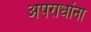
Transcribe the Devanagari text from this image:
अपराधांना